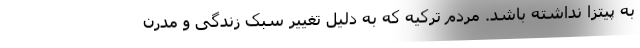
به پیتزا نداشته باشد. مردم ترکیه که به دلیل تغییر سبک زندگی و مدرن